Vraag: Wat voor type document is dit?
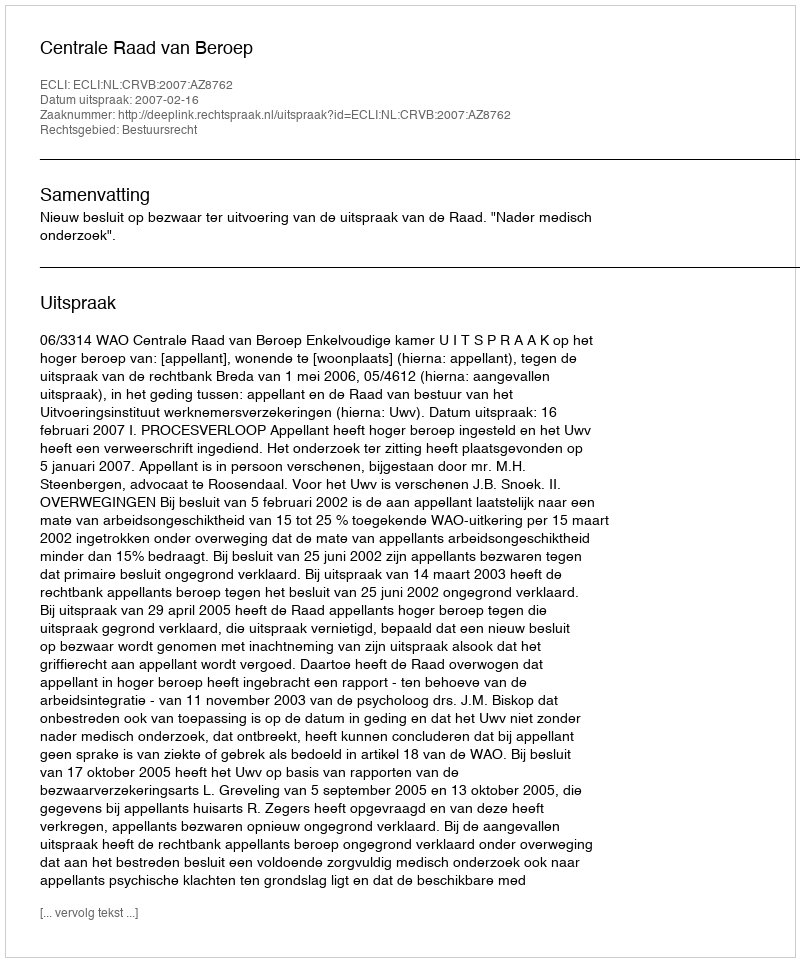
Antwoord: Uitspraak